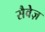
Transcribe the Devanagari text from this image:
सैवेज़